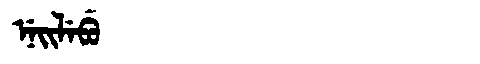
Manchu: ᠨᡝᡳᠯᡝᠪᡠ
Romanization: NEILEBU